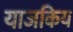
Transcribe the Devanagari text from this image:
याजकिय